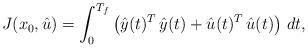
LaTeX: \begin{align*}J(x_0,\hat u) = \int_0^{T_f} \left ( \hat y(t)^T\,\hat y(t)+\hat u(t)^T\,\hat u(t) \right )\,dt,\end{align*}